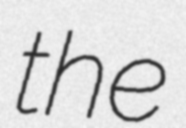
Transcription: the